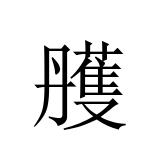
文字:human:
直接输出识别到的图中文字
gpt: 雘